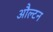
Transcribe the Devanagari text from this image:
औल्टन